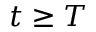
t \geq T